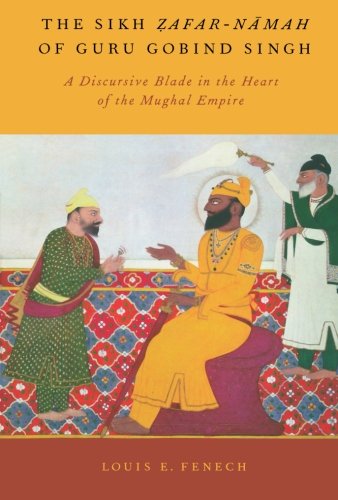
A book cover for The Sikh Zafar-namah of Guru Gobind Singh: A Discursive Blade in the Heart of the Mughal Empire; Louis E. Fenech; Religion & Spirituality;